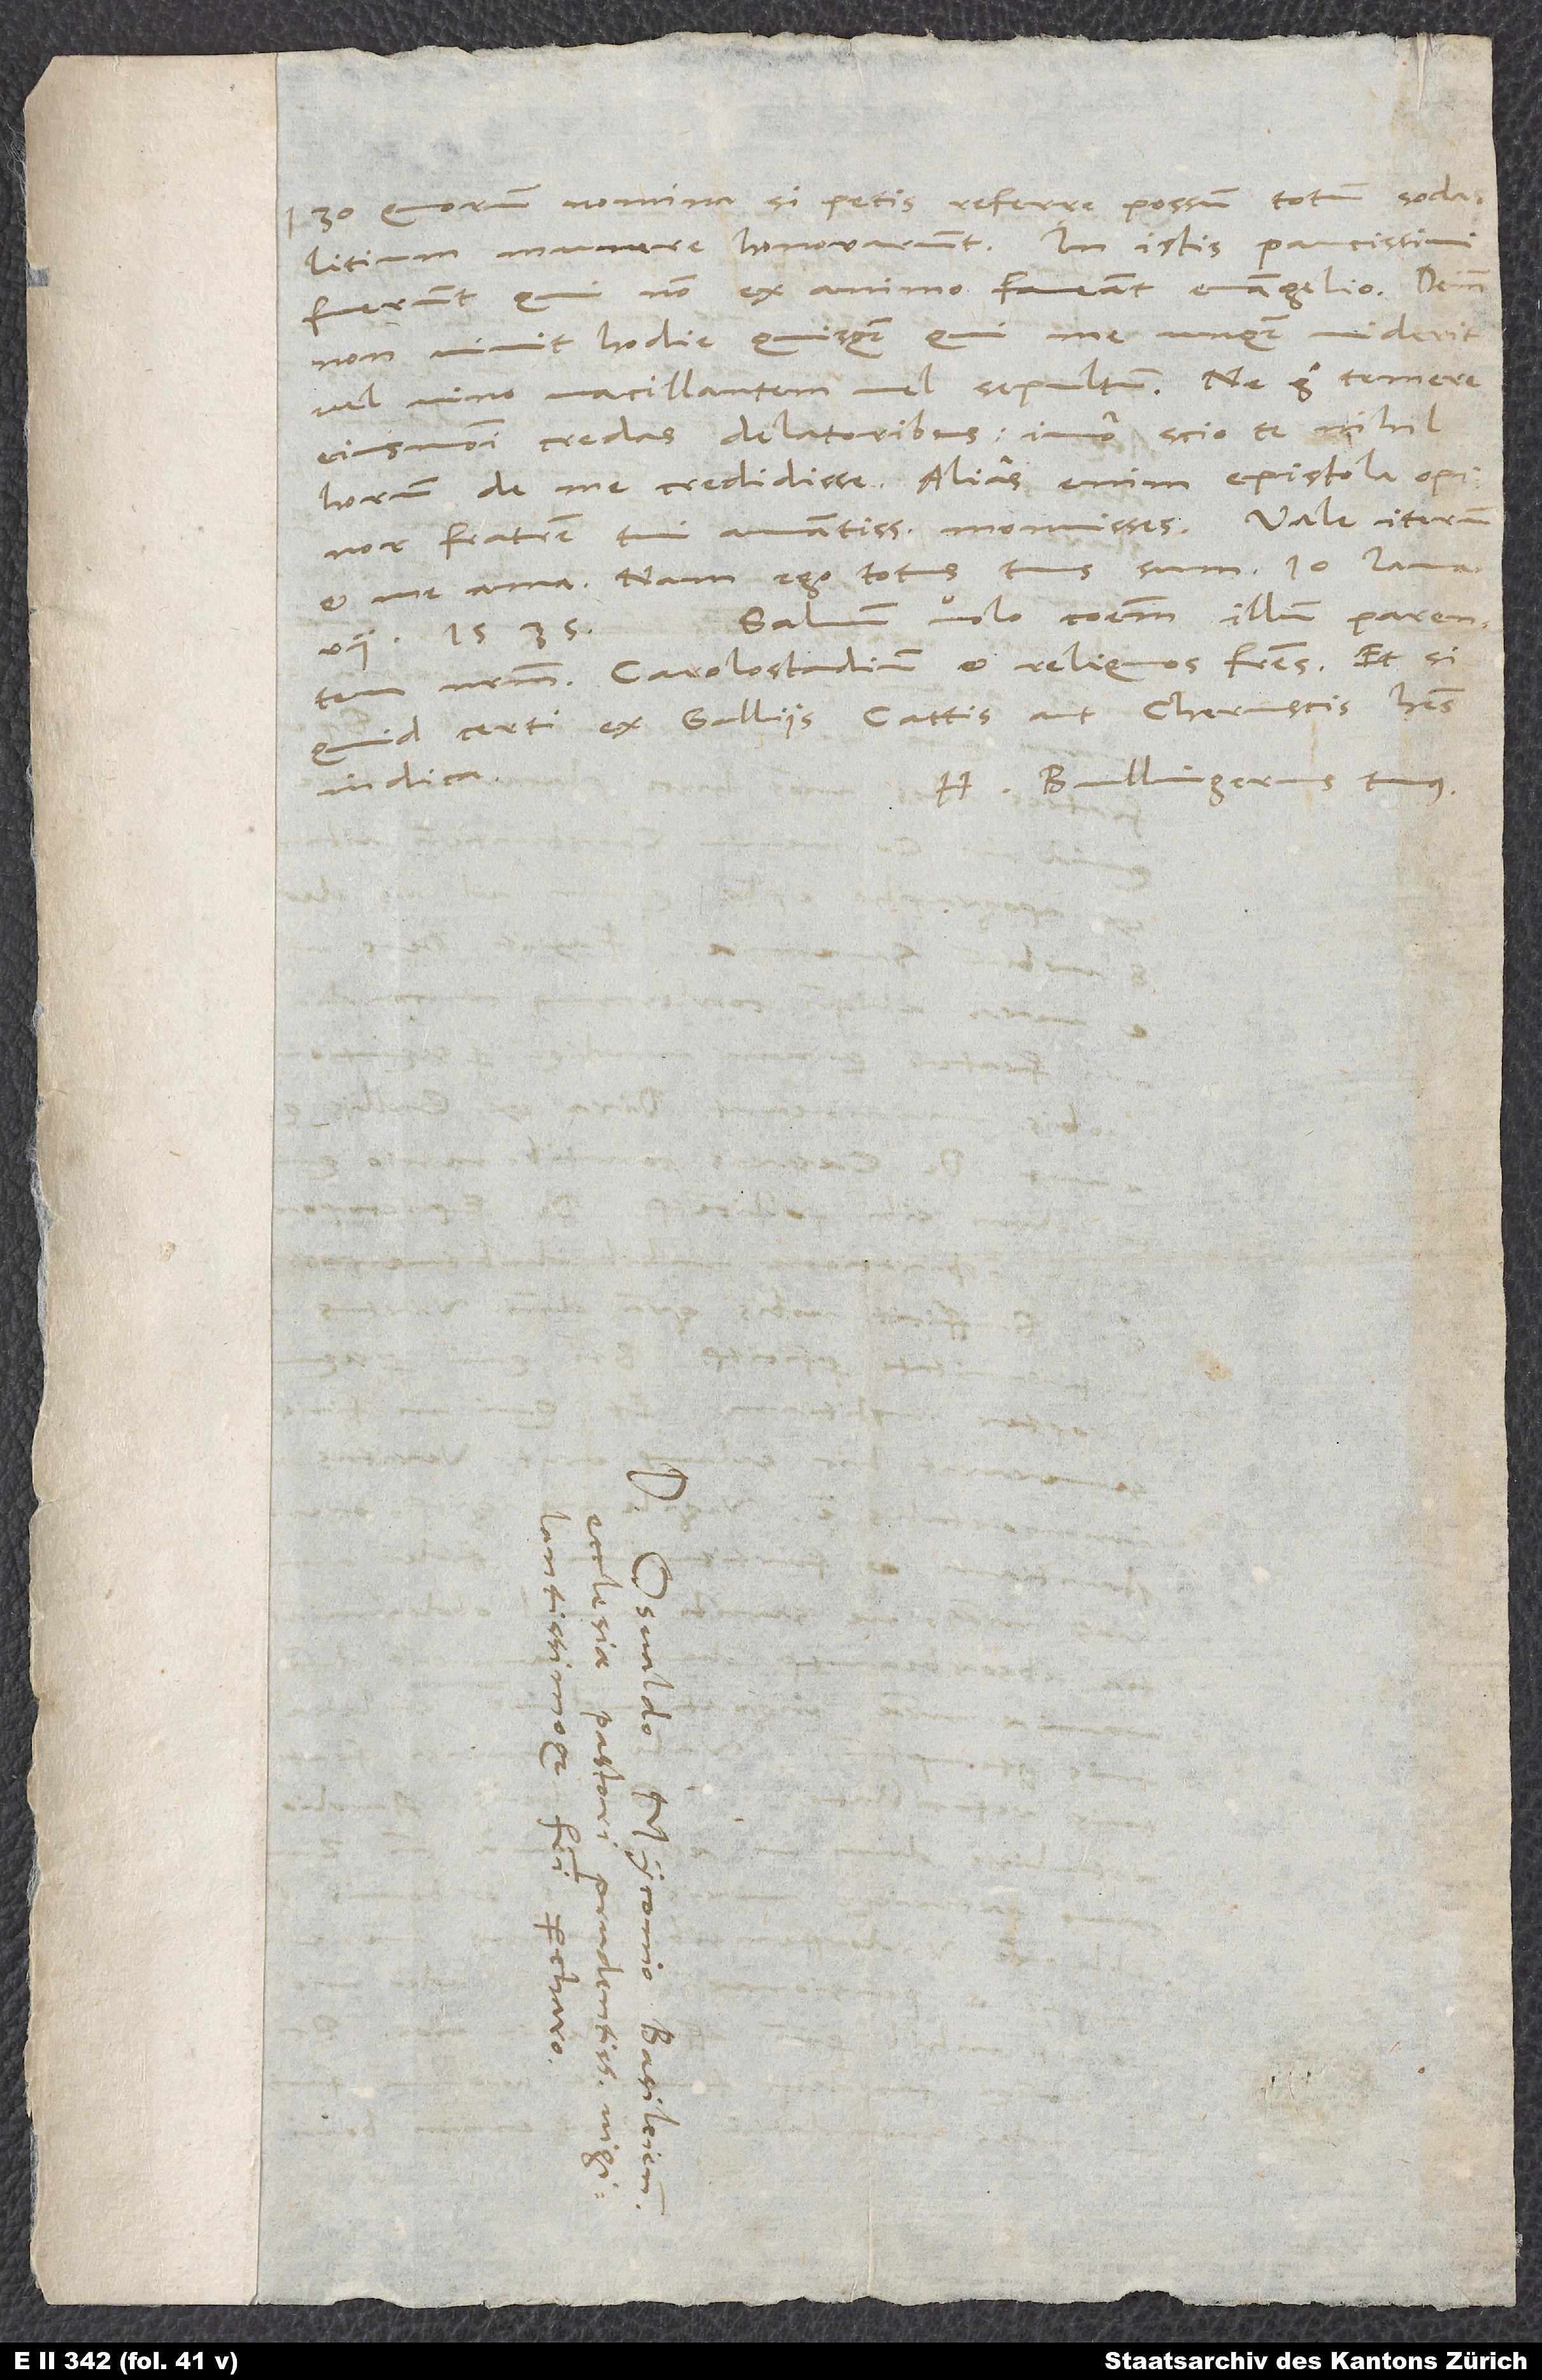
quorum nomina, si petis, referre possum, totum sodalitium
munere honorarunt. In istis paucissimi
fuerunt, qui non ex animo faveant evangelio. Deinde
non vivit hodie quisquam, qui me unquam viderit
vel vino vacillantem vel sepultum. Ne ergo temere
eiusmodi credas delatoribus, imo scio te nihil
horum de me credidisse. Alias enim epistola, opinor,
et me ama. Nam ego totus tuus sum.
Salvum volo communem illum parentem
nostrum, Carolostadium et reliquos fratres. Et si
quid certi ex Galliis, Cattis aut Cheruscis habes,
indica.
H. Bullingerus tuus.